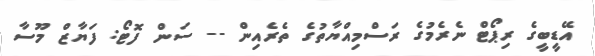
އޭޑީބީގެ ރިޕޯޓް ނެރެމުގެ ރަސްމިއްޔާތުގެ ތެރެއިން -- ސަން ފޮޓޯ: ފަޔާޒް މޫސާ